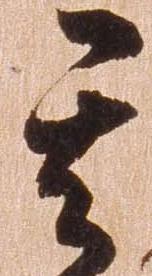
其